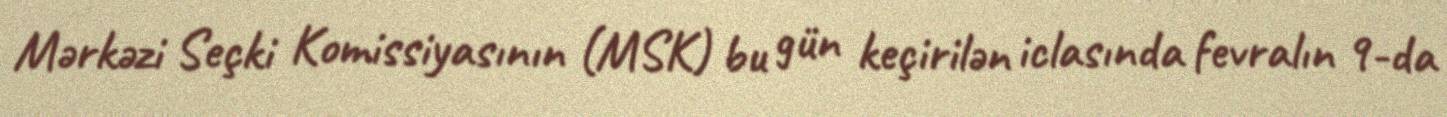
Mərkəzi Seçki Komissiyasının (MSK) bu gün keçirilən iclasında fevralın 9-da